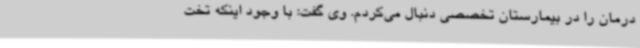
درمان را در بیمارستان تخصصی دنبال می‌کردم. وی گفت: با وجود اینکه تخت